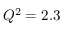
Q ^ { 2 } = 2 . 3